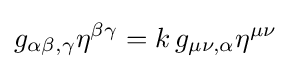
g_{\alpha \beta ,\gamma }\eta ^{\beta \gamma }=k\,g_{\mu \nu ,\alpha }\eta ^{\mu \nu }